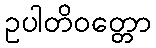
ဥပါတိဝတ္တော